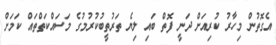
އެގޮތުން މިހާރު ކުރިއަށް ދަނީ ފޮތް ބައި ލިޔެ ތަރުތީބުކުރުމުގެ މަސައްކަތްތައް ކަމަށް